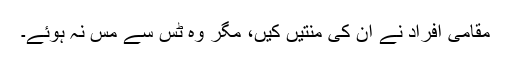
مقامی افراد نے ان کی منتیں کیں، مگر وہ ٹس سے مس نہ ہوئے۔